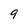
Character: 9